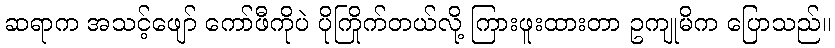
ဆရာက အသင့်ဖျော် ကော်ဖီကိုပဲ ပိုကြိုက်တယ်လို့ ကြားဖူးထားတာ ဥကျုမိက ပြောသည်။